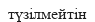
түзілмейтін